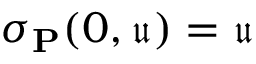
\sigma _ { \mathbf { P } } ( 0 , \mathfrak { u } ) = \mathfrak { u }